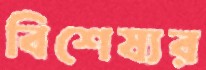
বিশেষ্যর